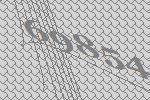
69854